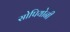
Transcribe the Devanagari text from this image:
सोपियोनी